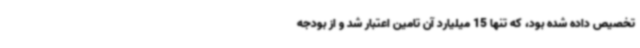
تخصیص داده شده بود، که تنها 15 میلیارد آن تامین اعتبار شد و از بودجه